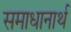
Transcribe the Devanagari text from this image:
समाधानार्थ